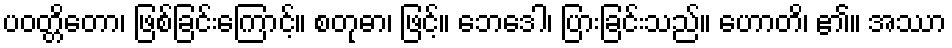
ပဝတ္တိတော၊ ဖြစ်ခြင်းကြောင့်။ စတုဓာ၊ ဖြင့်။ ဘေဒေါ၊ ပြားခြင်းသည်။ ဟောတိ၊ ၏။ အဿာ